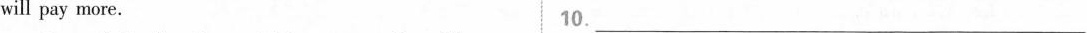
will pay more. 10.___